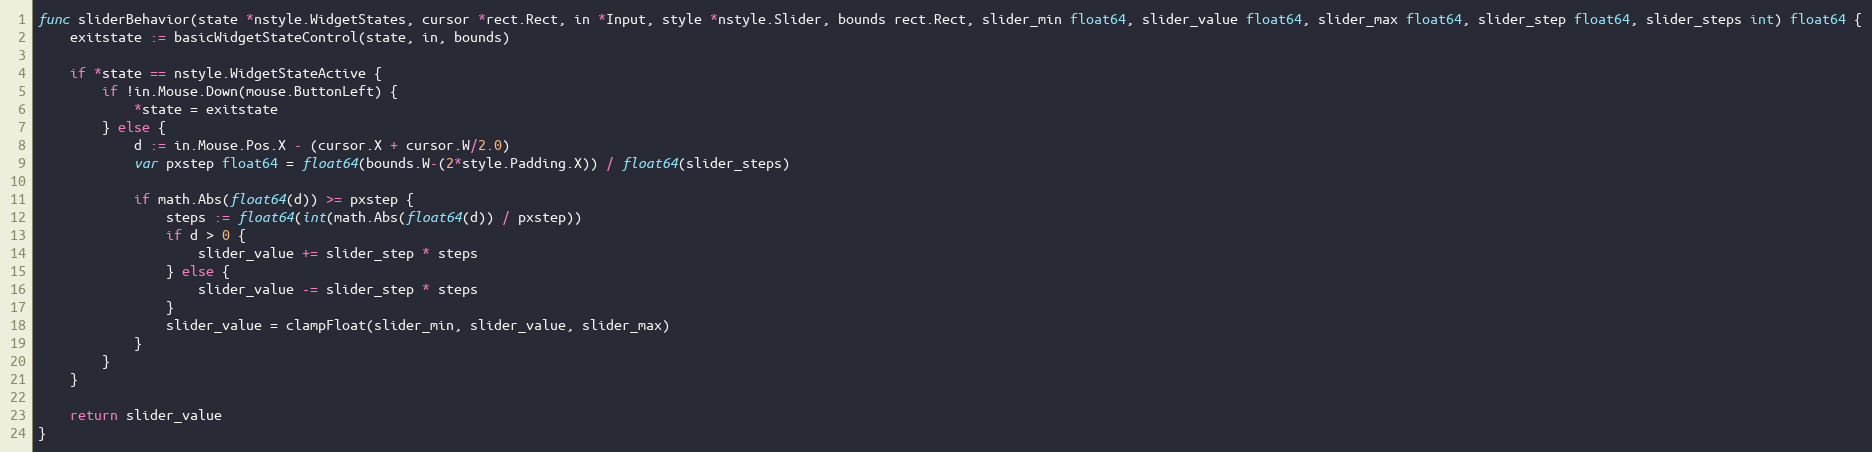
Language: Go
func sliderBehavior(state *nstyle.WidgetStates, cursor *rect.Rect, in *Input, style *nstyle.Slider, bounds rect.Rect, slider_min float64, slider_value float64, slider_max float64, slider_step float64, slider_steps int) float64 {
	exitstate := basicWidgetStateControl(state, in, bounds)

	if *state == nstyle.WidgetStateActive {
		if !in.Mouse.Down(mouse.ButtonLeft) {
			*state = exitstate
		} else {
			d := in.Mouse.Pos.X - (cursor.X + cursor.W/2.0)
			var pxstep float64 = float64(bounds.W-(2*style.Padding.X)) / float64(slider_steps)

			if math.Abs(float64(d)) >= pxstep {
				steps := float64(int(math.Abs(float64(d)) / pxstep))
				if d > 0 {
					slider_value += slider_step * steps
				} else {
					slider_value -= slider_step * steps
				}
				slider_value = clampFloat(slider_min, slider_value, slider_max)
			}
		}
	}

	return slider_value
}